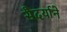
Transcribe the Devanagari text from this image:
सैदर्याने